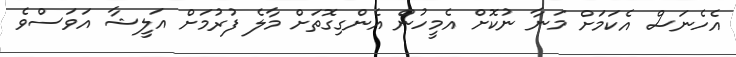
އެހެނަސް އެކަމަށް މަނާ ނުކޮށް އެމީހުން އެންގިގޮތަށް މާލެ ފުރުމަށް އަލީޝާ އަވަސްވެ